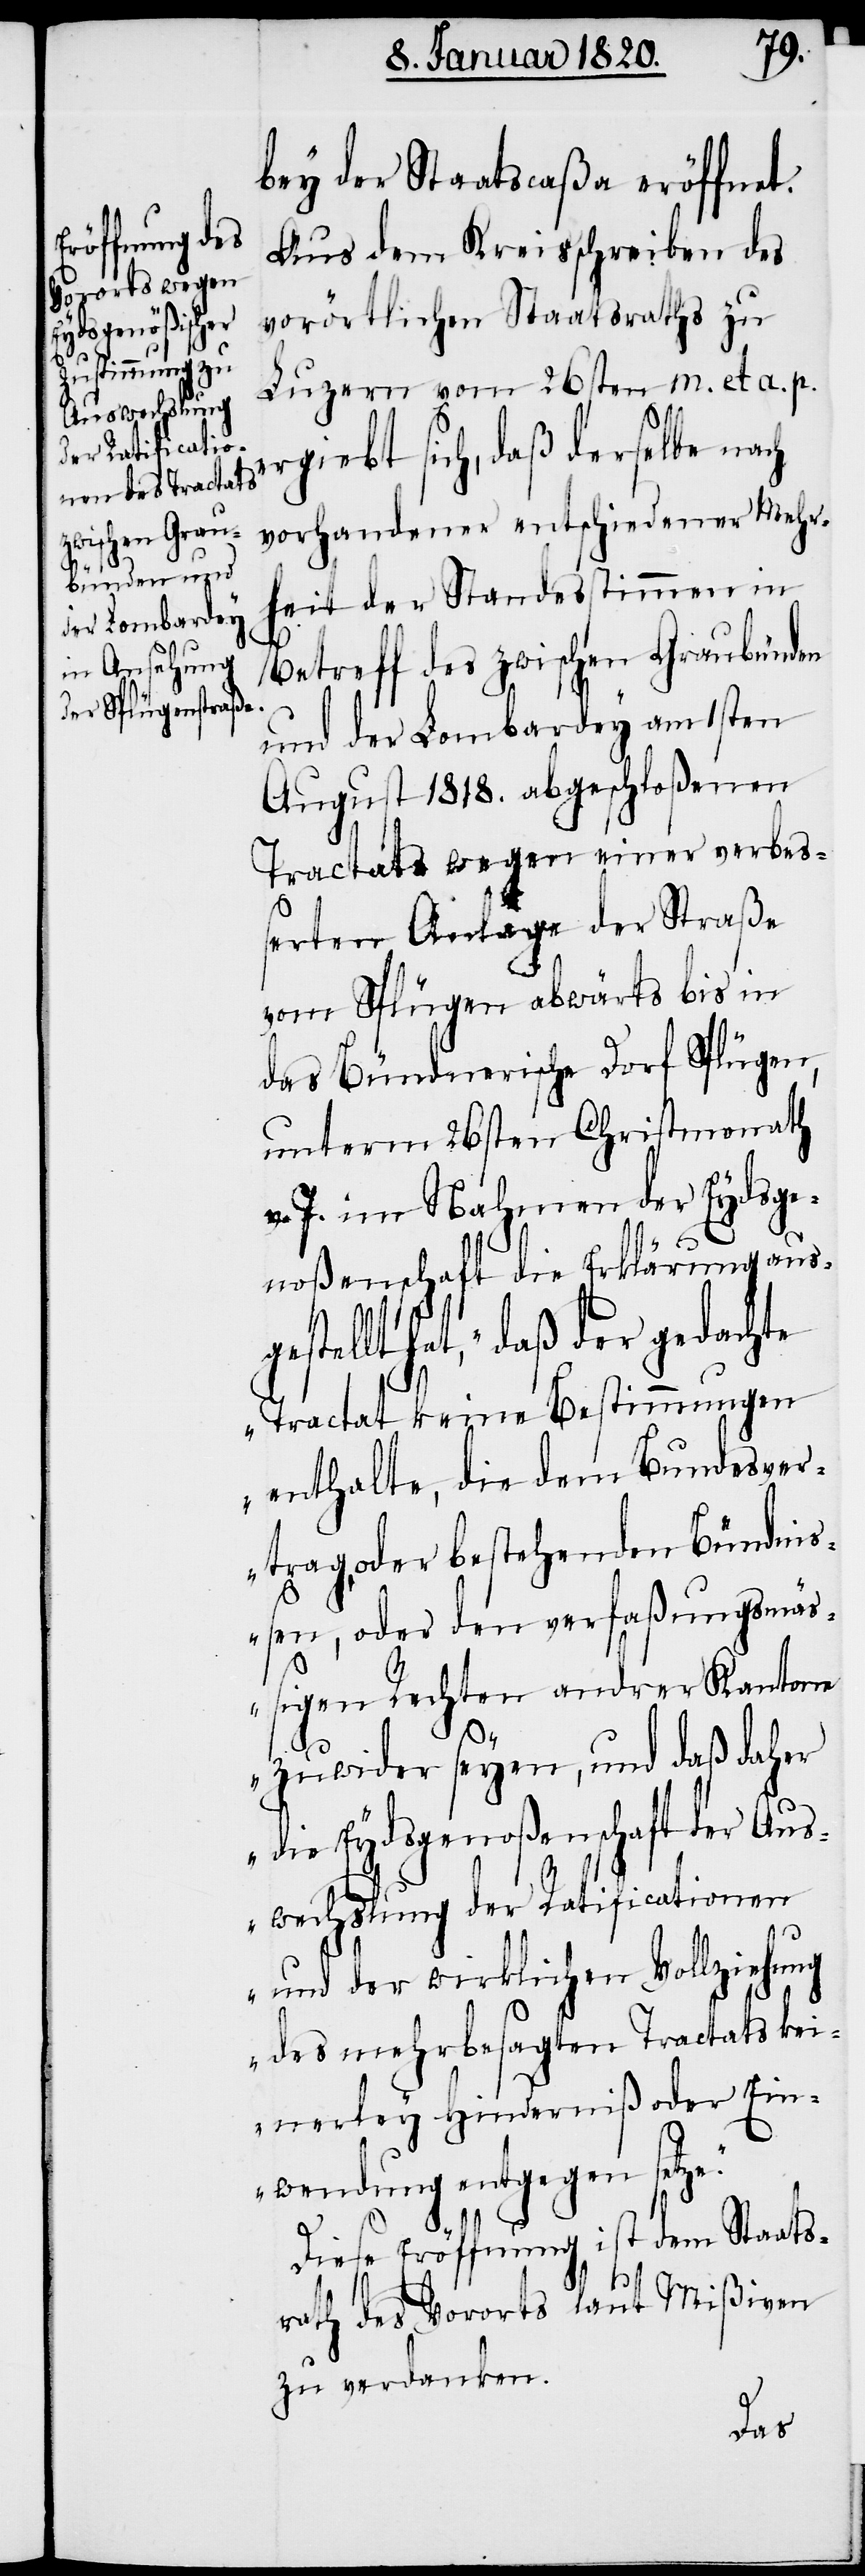
bey der Staatscaßa eröffnet.
Aus dem Kreisschreiben des
vorörtlichen Staatsraths zu
Luzern vom 26sten m. et a. p.
rgiebt sich, daß derselbe nach
vorhandener entschiedener Mehr¬
heit der Standesstimmen in
Betreff des zwischen Graubünden
und der Lombardey am 1sten
August 1818. abgeschloßenen
Tractats wegen einer verbeß¬
erten Anlage der Straße
vom Splügen abwärts bis in
das Bündnerische Dorf Splügen,
unterm 26sten Christmonath
v. J. im Nahmen der Eydsge¬
noßenschaft die Erklärung ausg¬
estellt hat, „daß der gedachte
Tractat keine Bestimmungen
enthalte, die dem Bundesver¬
trag, oder bestehenden Bündniß¬
en, oder den verfaßungsmä¬
ßigen Rechten andrer Kantone
zuwider seyen, und daß daher
die Eydsgenoßenschaft der Aus¬
wechslung der Ratificationen
und der wirklichen Vollziehung
des mehrbesagten Tractats kei¬
nerley Hinderniß oder Ein¬
wendung entgegen setze.“
e¬
Diese Eröffnung ist dem Staats¬
rath des Vororts laut Mißiven
zu verdanken.